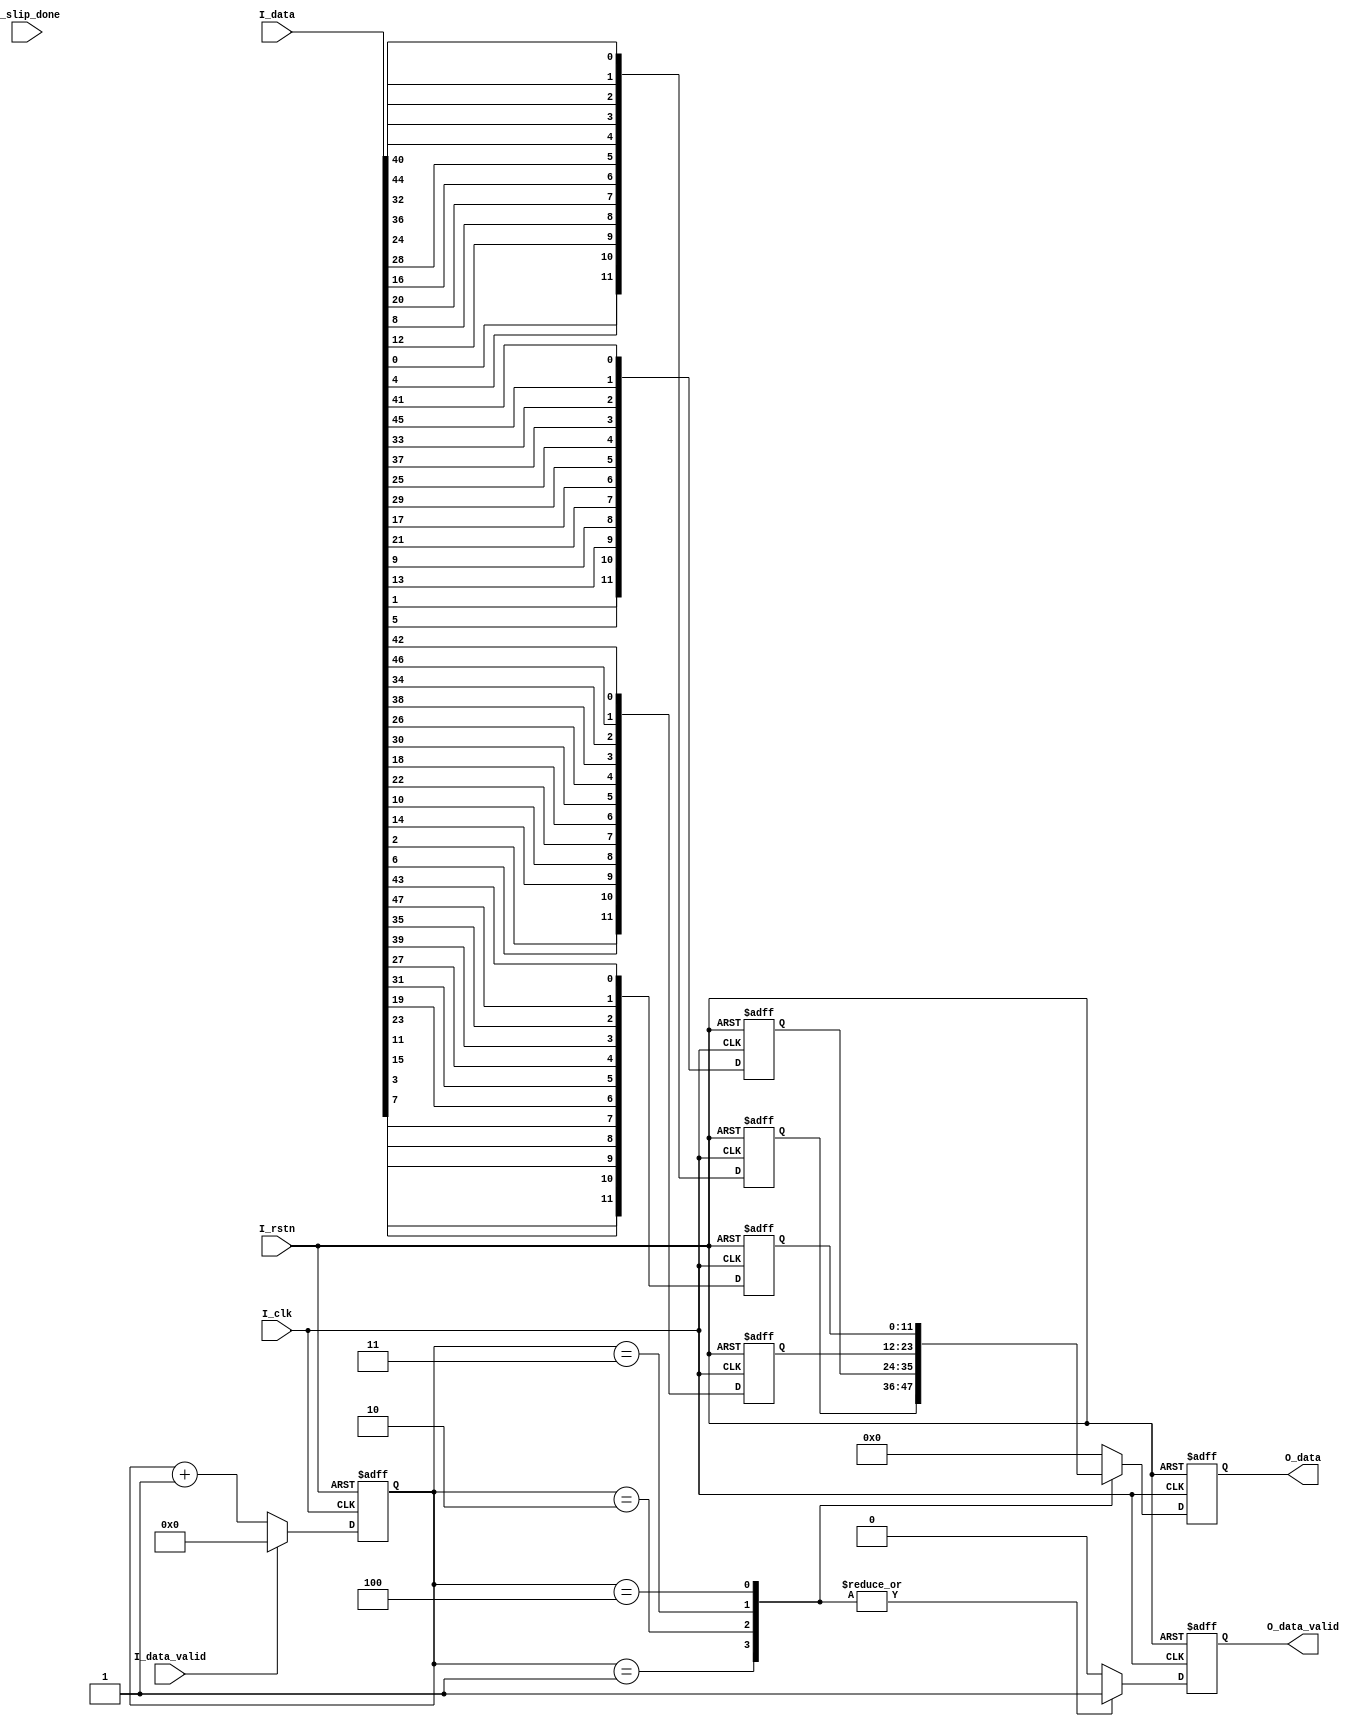
`timescale 1ns / 1ps
//////////////////////////////////////////////////////////////////////////////////
// Company: NJUST
// Engineer: 
// 
// Design Name: 
// Module Name: decode_48to12
// Project Name: 
// Target Devices: 
// Tool Versions: 
// Description: 
// 
// Dependencies: 
// 
// Revision:
// Revision 0.01 - File Created
// Additional Comments:
// 
//////////////////////////////////////////////////////////////////////////////////


module decode_48to12 (
    input        I_clk,
    input        I_rstn,
    input        I_slip_done,
    input        I_data_valid,
    input [47:0] I_data,

    output [11:0] O_data,
    output O_data_valid

);
  reg [11:0] r_channel_data0;
  reg [11:0] r_channel_data1;
  reg [11:0] r_channel_data2;
  reg [11:0] r_channel_data3;
  reg [3:0] r_clk_cnt;

  reg [11:0] r_data_out;
  reg r_data_valid;

  assign O_data[11:0] = r_data_out[11:0];
  assign O_data_valid = r_data_valid;
  /***************************************************************************/
  always @(posedge I_clk, negedge I_rstn) begin
    if (!I_rstn) r_channel_data0[11:0] <= 12'd0;
    else
      r_channel_data0[11:0] <= {
        I_data[7],
        I_data[3],
        I_data[15],
        I_data[11],
        I_data[23],
        I_data[19],
        I_data[31],
        I_data[27],
        I_data[39],
        I_data[35],
        I_data[47],
        I_data[43]
      };
  end
  always @(posedge I_clk, negedge I_rstn) begin
    if (!I_rstn) r_channel_data1[11:0] <= 12'd0;
    else
      r_channel_data1[11:0] <= {
        I_data[6],
        I_data[2],
        I_data[14],
        I_data[10],
        I_data[22],
        I_data[18],
        I_data[30],
        I_data[26],
        I_data[38],
        I_data[34],
        I_data[46],
        I_data[42]
      };
  end
  always @(posedge I_clk, negedge I_rstn) begin
    if (!I_rstn) r_channel_data2[11:0] <= 12'd0;
    else
      r_channel_data2[11:0] <= {
        I_data[5],
        I_data[1],
        I_data[13],
        I_data[9],
        I_data[21],
        I_data[17],
        I_data[29],
        I_data[25],
        I_data[37],
        I_data[33],
        I_data[45],
        I_data[41]
      };
  end
  always @(posedge I_clk, negedge I_rstn) begin
    if (!I_rstn) r_channel_data3[11:0] <= 12'd0;
    else
      r_channel_data3[11:0] <= {
        I_data[4],
        I_data[0],
        I_data[12],
        I_data[8],
        I_data[20],
        I_data[16],
        I_data[28],
        I_data[24],
        I_data[36],
        I_data[32],
        I_data[44],
        I_data[40]
      };
  end
  /***************************************************************************/
  always @(posedge I_clk, negedge I_rstn) begin
    if (!I_rstn) r_clk_cnt <= 'd0;
    else if (I_data_valid) r_clk_cnt <= 'd0;
    else r_clk_cnt <= r_clk_cnt + 1'd1;
  end

  always @(posedge I_clk, negedge I_rstn) begin
    if (!I_rstn) r_data_valid <= 1'b0;
    else
      case (r_clk_cnt)
        4'd00:   r_data_valid <= 1'b0;
        4'd01:   r_data_valid <= 1'b1;
        4'd02:   r_data_valid <= 1'b1;
        4'd03:   r_data_valid <= 1'b1;
        4'd04:   r_data_valid <= 1'b1;
        4'd05:   r_data_valid <= 1'b0;
        default: r_data_valid <= 1'b0;
      endcase
  end

  always @(posedge I_clk, negedge I_rstn) begin
    if (!I_rstn) r_data_out <= 12'b0;
    else
      case (r_clk_cnt)
        4'd00:   r_data_out <= 12'b0;
        4'd01:   r_data_out <= r_channel_data3;
        4'd02:   r_data_out <= r_channel_data2;
        4'd03:   r_data_out <= r_channel_data1;
        4'd04:   r_data_out <= r_channel_data0;
        4'd05:   r_data_out <= 12'b0;
        default: r_data_out <= 12'b0;
      endcase
  end
endmodule